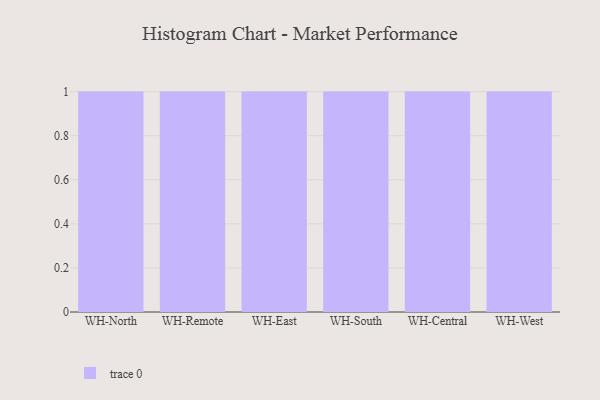
{"axis": {"x": "Warehouse", "y": "Waste Production (Tons)"}, "legend": [""], "data": [{"x": "WH-North", "y": 67, "type": ""}, {"x": "WH-Remote", "y": 34, "type": ""}, {"x": "WH-East", "y": 65, "type": ""}, {"x": "WH-South", "y": 9, "type": ""}, {"x": "WH-Central", "y": 15, "type": ""}, {"x": "WH-West", "y": 91, "type": ""}]}